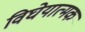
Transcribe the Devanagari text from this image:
विघेयात्मक